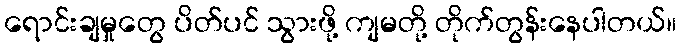
ရောင်းချမှုတွေ ပိတ်ပင် သွားဖို့ ကျမတို့ တိုက်တွန်းနေပါတယ်။